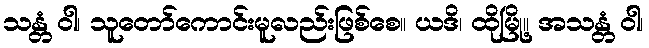
သန္တံ ဝါ၊ သူတော်ကောင်းမူလည်းဖြစ်စေ။ ယဒိ၊ ထိုမြို့။ အသန္တံ ဝါ၊